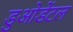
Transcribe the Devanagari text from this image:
डुओडेंटल